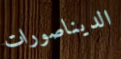
الديناصورات